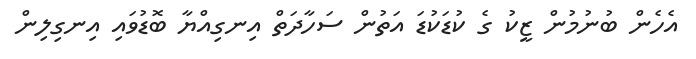
އެހެން ބުނުމުން ޒީކު ގެ ކުޑަކުޑަ އަތުން ސަހާދަތް އިނގިއްޔާ ބޮޑުވައި އިނގިލިން